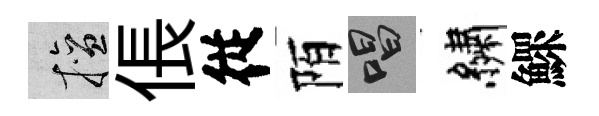
擅倀従陌唱繡鰥